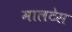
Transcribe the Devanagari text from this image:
मालटेस